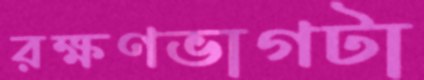
রক্ষণভাগটা